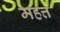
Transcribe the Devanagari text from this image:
महत्त